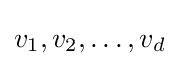
v_{1},v_{2},\dots ,v_{d}